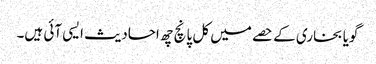
گویا بخاری کے حصے میں کل پانچ چھ احادیث ایسی آئی ہیں۔